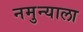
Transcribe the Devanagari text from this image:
नमुन्याला